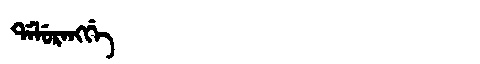
Manchu: ᡩᠠᠯᡠᡵᠠᠩᡤᡝ
Romanization: DALURANGGE